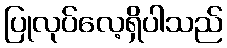
ပြုလုပ်လေ့ရှိပါသည်